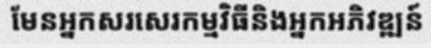
មែនអ្នកសរសេរកម្មវិធីនិងអ្នកអភិវឌ្ឍន៍